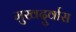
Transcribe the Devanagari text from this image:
मुखदुर्वास